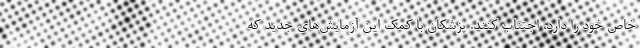
خاص خود را دارد، اجتناب کنند. پزشکان با کمک این آزمایش‌های جدید که